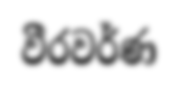
වීරවර්ණ